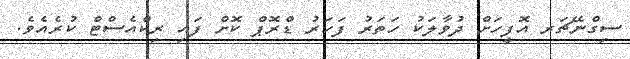
ސިގްނޭޗަރ އޮފީހަށް ދުވާލަކު ހަތަރު ފަހަރު ޑްރޮޕް ކޮށް ފައި ރިކްއެސްޓް ކުރެއެވެ.